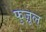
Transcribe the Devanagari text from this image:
फुज़ूल